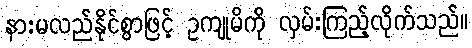
နားမလည်နိုင်စွာဖြင့် ဥကျုမိကို လှမ်းကြည့်လိုက်သည်။